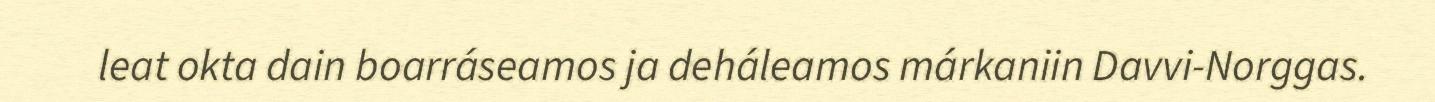
leat okta dain boarráseamos ja deháleamos márkaniin Davvi-Norggas.